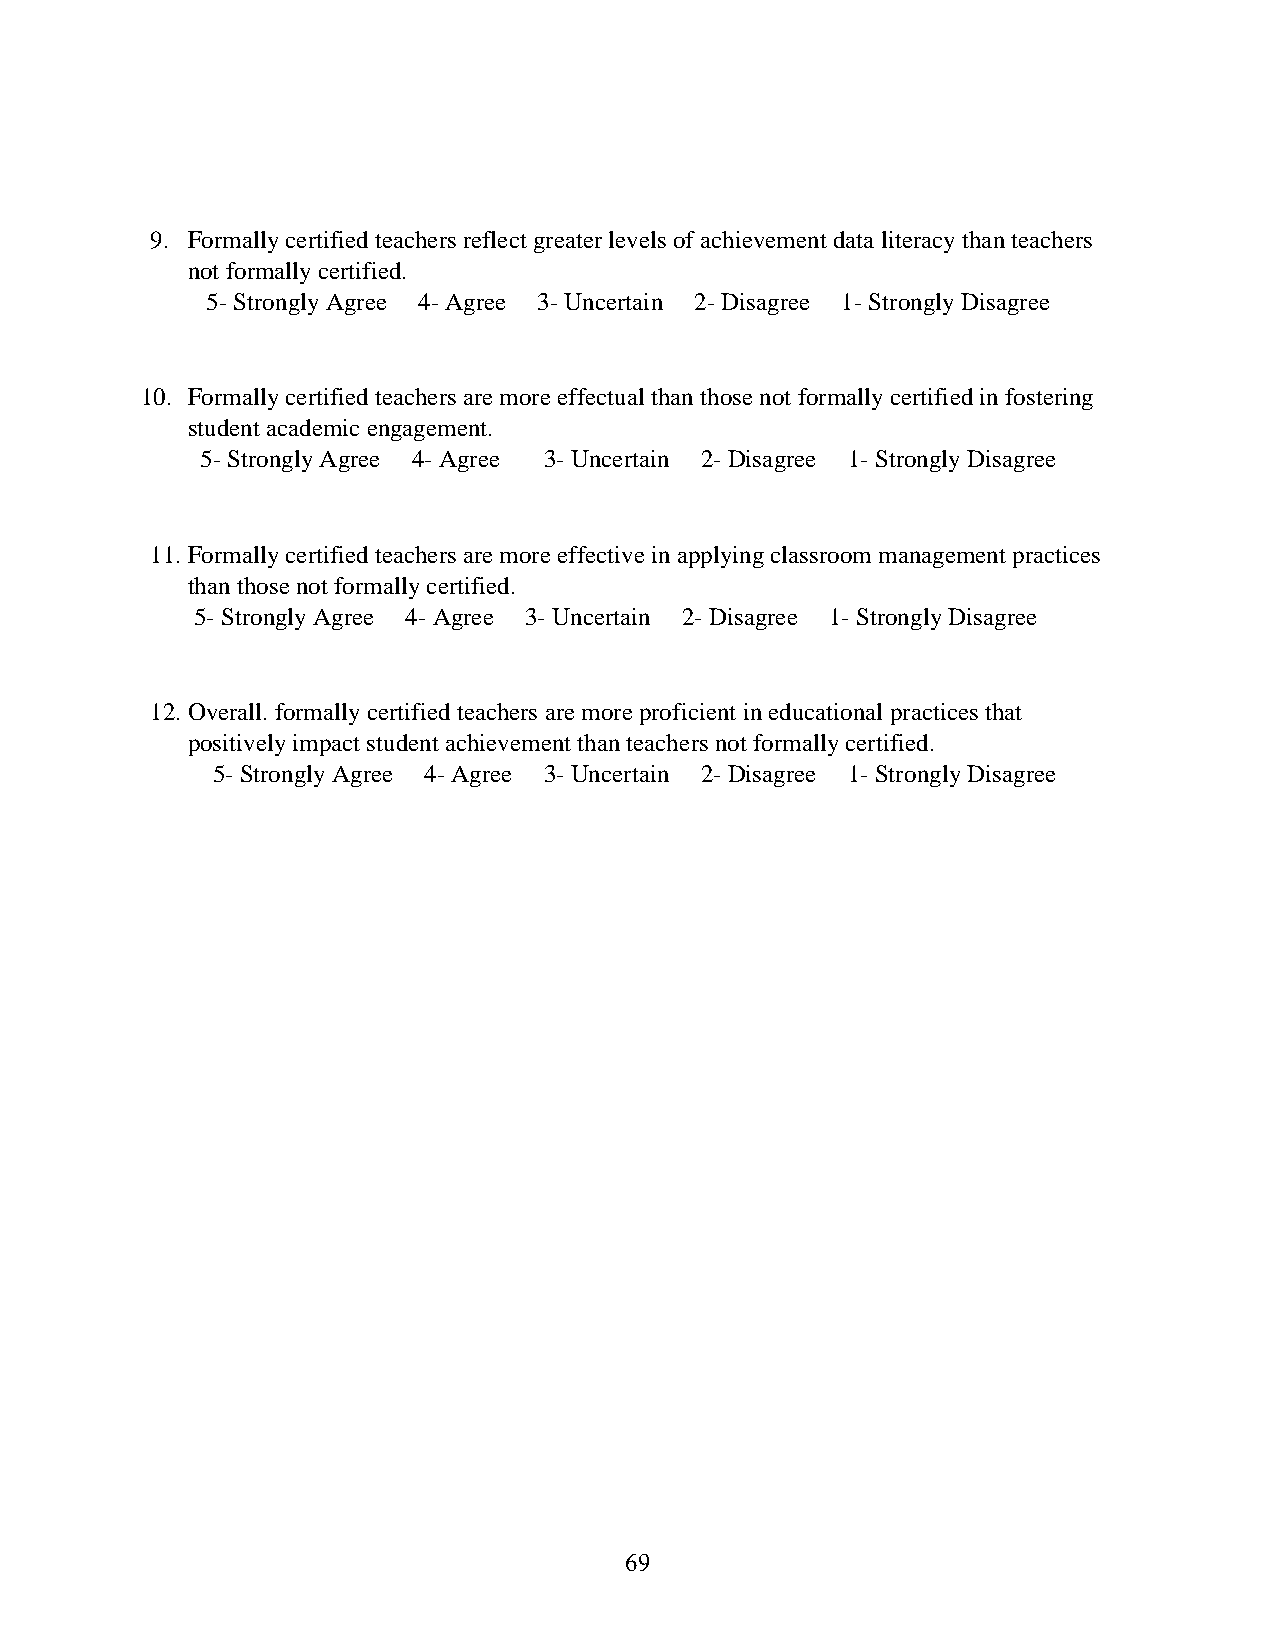
9. Formally certified teachers reflect greater levels of achievement data literacy than teachers
 not formally certified.
 5- Strongly Agree 4- Agree 3- Uncertain 2- Disagree 1- Strongly Disagree
 10. Formally certified teachers are more effectual than those not formally certified in fostering
 student academic engagement.
 5- Strongly Agree 4- Agree 3- Uncertain 2- Disagree 1- Strongly Disagree
 11. Formally certified teachers are more effective in applying classroom management practices
 than those not formally certified.
 5- Strongly Agree 4- Agree 3- Uncertain 2- Disagree 1- Strongly Disagree
 12. Overall. formally certified teachers are more proficient in educational practices that
 positively impact student achievement than teachers not formally certified.
 5- Strongly Agree 4- Agree 3- Uncertain 2- Disagree 1- Strongly Disagree
 69